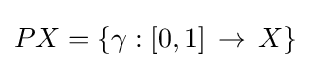
PX=\{\gamma :[0,1]\,\to \,X\}